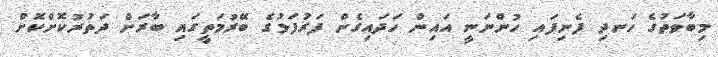
މިބާވަތުގެ ހަނދި ފެނިފައި ހުންނަނީ އައިން ހަދައިގެން ފަރުފަޅުގެ ބޭރުމަތީގައި ބާރަށް ދަތުރުކޮށްކޮށް